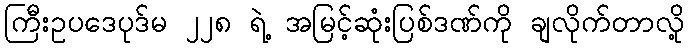
ကြီးဥပဒေပုဒ်မ ၂၂၈ ရဲ့ အမြင့်ဆုံးပြစ်ဒဏ်ကို ချလိုက်တာလို့